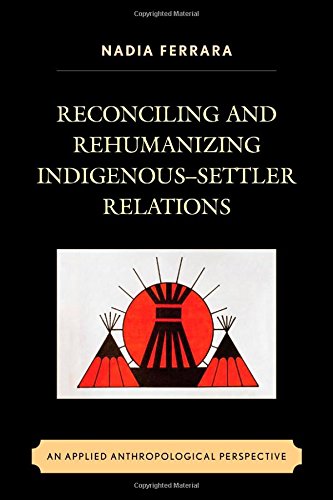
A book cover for Reconciling and Rehumanizing Indigenous-Settler Relations: An Applied Anthropological Perspective; Nadia Ferrara ; Medical Books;